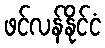
ဖင်လန်နိုင်ငံ